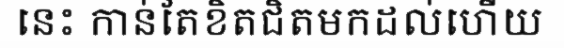
នេះ កាន់តែខិតជិតមកដល់ហើយ